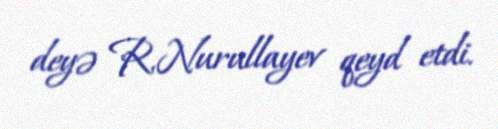
deyə R.Nurullayev qeyd etdi.